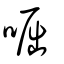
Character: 啒